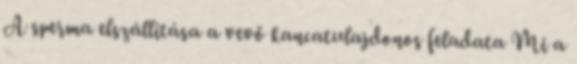
A sperma elszállítása a vevő kancatulajdonos feladata Mi a